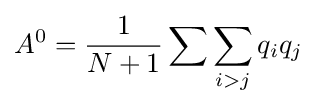
A^{0}={\frac {1}{N+1}}\sum \sum _{i>j}q_{i}q_{j}